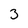
Character: 3